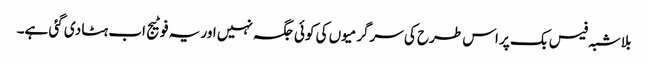
بلاشبہ فیس بک پر اس طرح کی سرگرمیوں کی کوئی جگہ نہیں اور یہ فوٹیج اب ہٹا دی گئی ہے۔